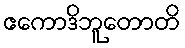
ဧကောဒိဘူတောတိ